65_HS1-834228961_62-HQ-83894_Section_3
Agency: FBI
Page 100
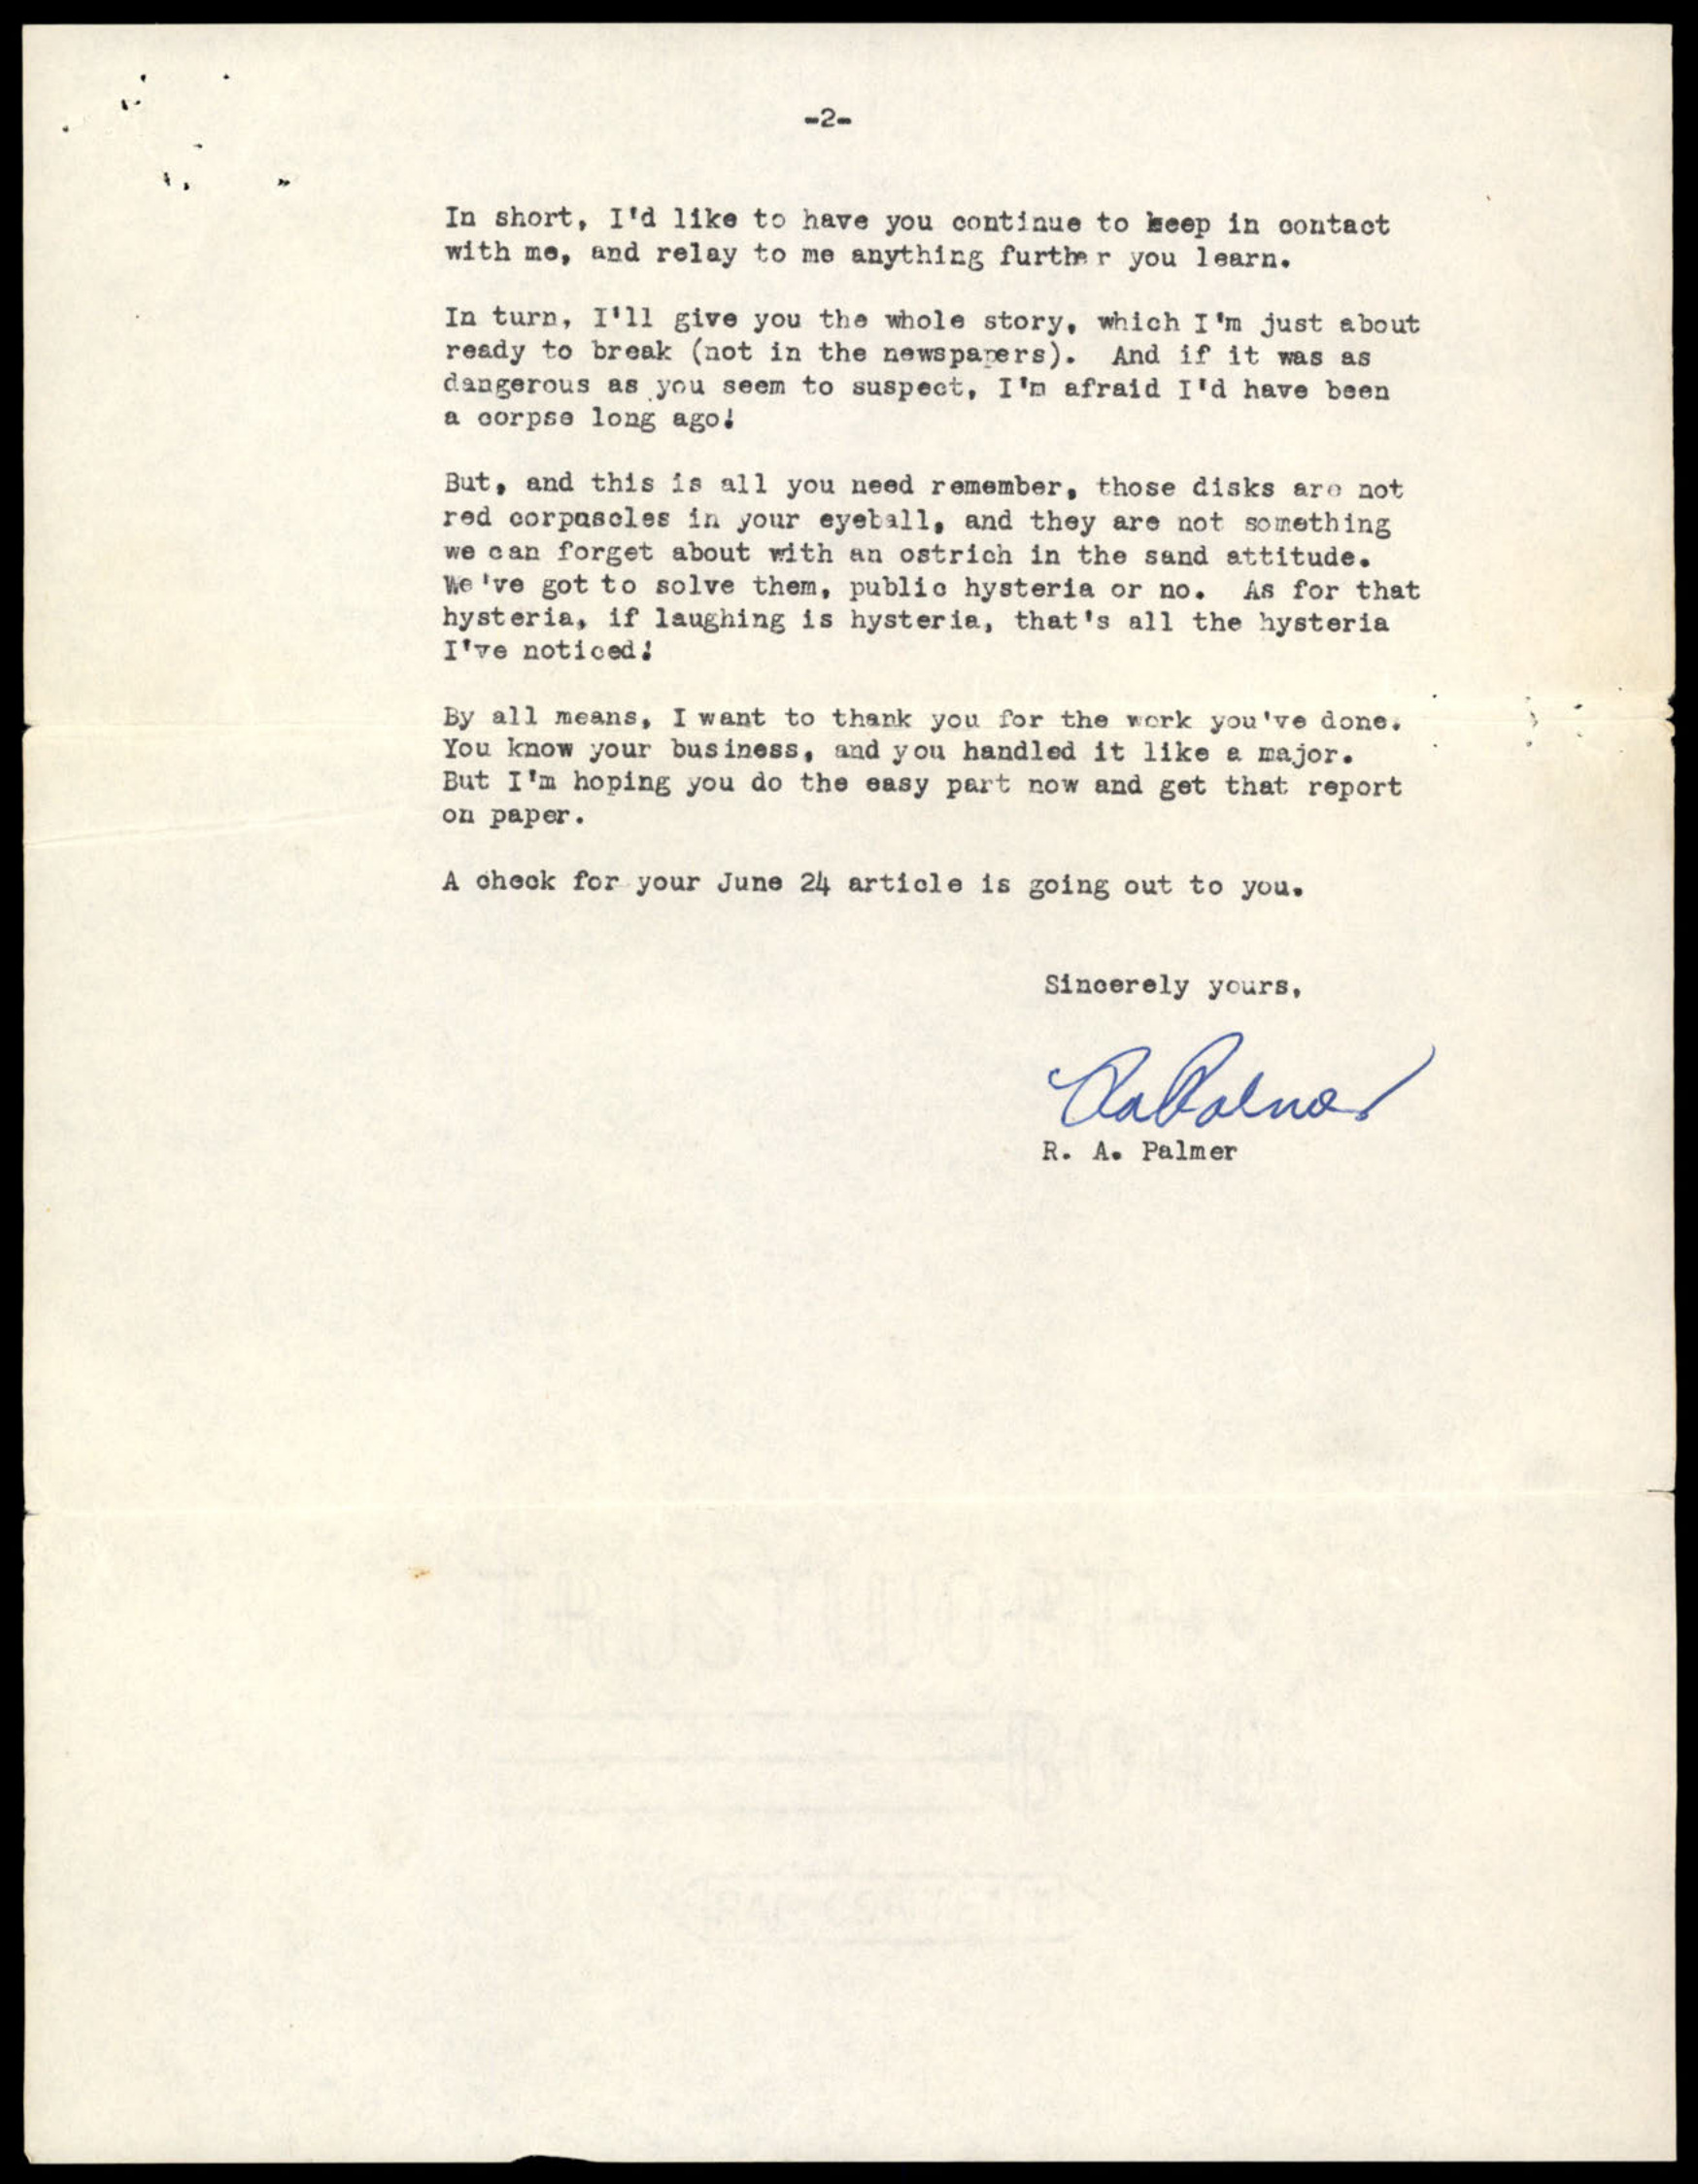